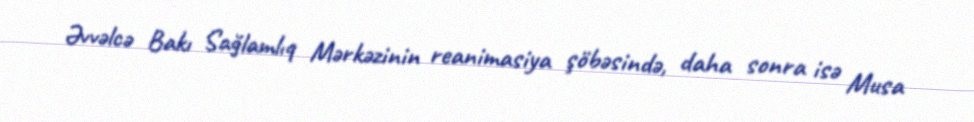
Əvvəlcə Bakı Sağlamlıq Mərkəzinin reanimasiya şöbəsində, daha sonra isə Musa